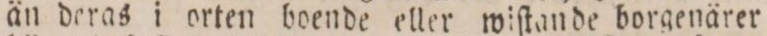
än deras i orten boende eller wiſtande borgenärer